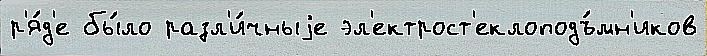
р'я́д'е бы́ло разл'и́чныjе эл'ектрост'еклоподъ́мн'иков